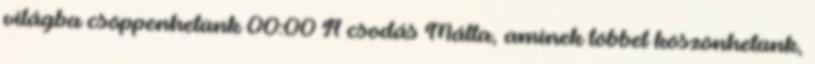
világba csöppenhetünk 00:00 A csodás Málta, aminek többet köszönhetünk,